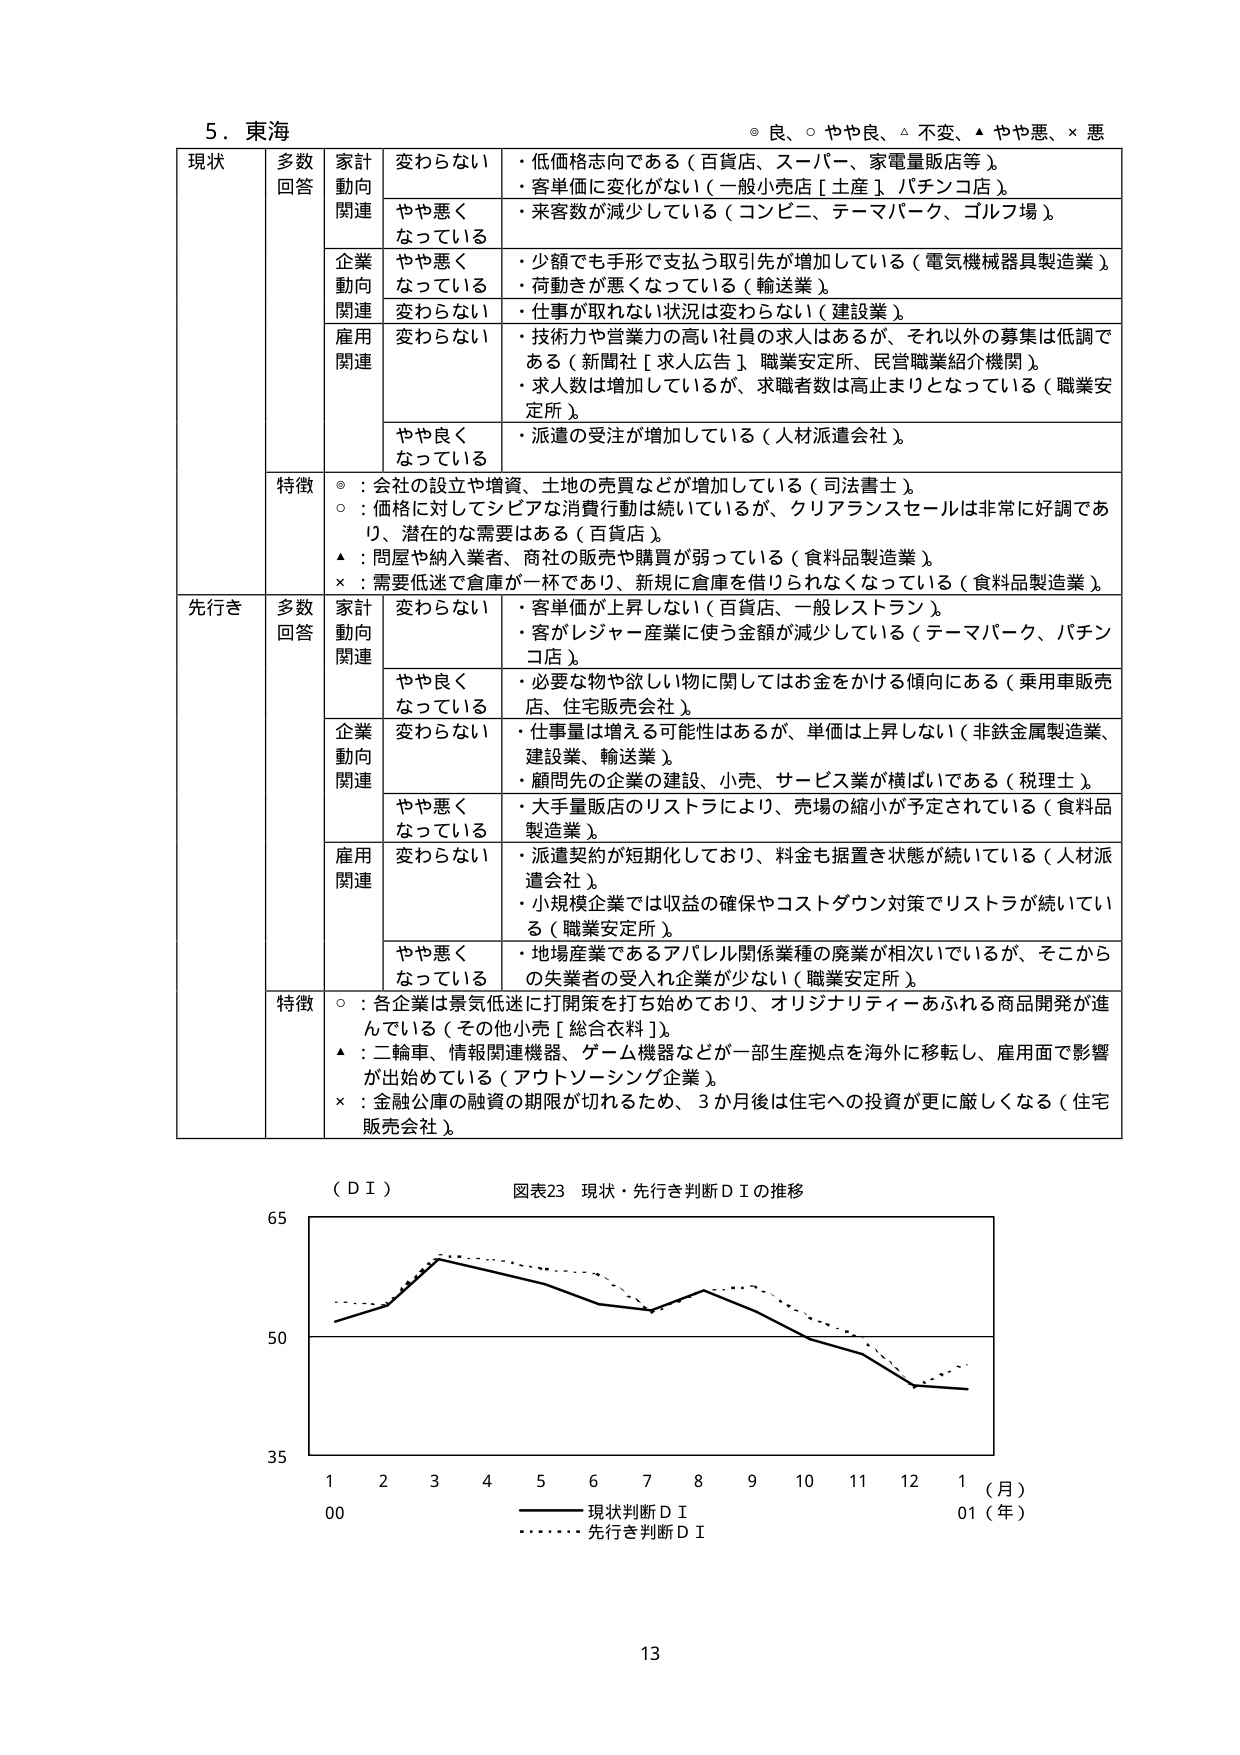
5．東海
◎ 良、○ やや良、△ 不変、▲ やや悪、× 悪

現状
多数
回答
家計
動向
関連
変わらない
・低価格志向である（百貨店、スーパー、家電量販店等）。
やや悪く
なっている
・客単価に変化がない（一般小売店［土産］、パチンコ店）。
・来客数が減少している（コンビニ、テーマパーク、ゴルフ場）。

企業
動向
関連
やや悪く
なっている
・少額でも手形で支払う取引先が増加している（電気機械器具製造業）。
・荷動きが悪くなっている（輸送業）。
変わらない
・仕事が取れない状況は変わらない（建設業）。

雇用
関連
変わらない
・技術力や営業力の高い社員の求人はあるが、それ以外の募集は低調である（新聞社［求人広告］、職業安定所、民営職業紹介機関）。
・求人数は増加しているが、求職者数は高止まりとなっている（職業安定所）。
やや良く
なっている
・派遣の受注が増加している（人材派遣会社）。

特徴
◎：会社の設立や増資、土地の売買などが増加している（司法書士）。
○：価格に対してシビアな消費行動は続いているが、クリアランスセールは非常に好調であり、潜在的な需要はある（百貨店）。
▲：問屋や納入業者、商社の販売や購買が弱っている（食料品製造業）。
×：需要低迷で倉庫が一杯であり、新規に倉庫を借りられなくなっている（食料品製造業）。

先行き
多数
回答
家計
動向
関連
変わらない
・客単価が上昇しない（百貨店、一般レストラン）。
・客がレジャー産業に使う金額が減少している（テーマパーク、パチンコ店）。
やや良く
なっている
・必要な物や欲しい物に関してはお金をかける傾向にある（乗用車販売店、住宅販売会社）。

企業
動向
関連
変わらない
・仕事量は増える可能性はあるが、単価は上昇しない（非鉄金属製造業、建設業、輸送業）。
・顧問先の企業の建設、小売、サービス業が横ばいである（税理士）。
やや悪く
なっている
・大手量販店のリストラにより、売場の縮小が予定されている（食料品製造業）。

雇用
関連
変わらない
・派遣契約が短期化しており、料金も据置き状態が続いている（人材派遣会社）。
・小規模企業では収益の確保やコストダウン対策でリストラが続いている（職業安定所）。
やや悪く
なっている
・地場産業であるアパレル関係業種の廃業が相次いでいるが、そこからの失業者の受入れ企業が少ない（職業安定所）。

特徴
○：各企業は景気低迷に打開策を打ち始めており、オリジナリティーあふれる商品開発が進んでいる（その他小売［総合衣料］）。
▲：二輪車、情報関連機器、ゲーム機器などが一部生産拠点を海外に移転し、雇用面で影響が出始めている（アウトソーシング企業）。
×：金融公庫の融資の期限が切れるため、3か月後は住宅への投資が更に厳しくなる（住宅販売会社）。

（ＤＩ）
図表23 現状・先行き判断ＤＩの推移

65
50
35
1 2 3 4 5 6 7 8 9 10 11 12 1（月）
00 01（年）
―――― 現状判断ＤＩ
・・・・・・ 先行き判断ＤＩ

13